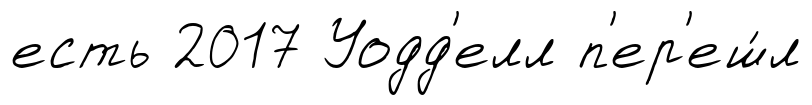
есть 2017 Уодд'елл п'ер'еш́л